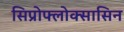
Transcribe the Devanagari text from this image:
सिप्रोफ्लोक्सासिन